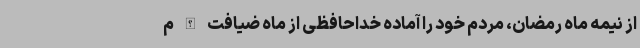
از نیمه ماه رمضان، مردم خود را آماده خداحافظی از ماه ضیافت الله م